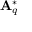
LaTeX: \mathbf { A } _ { q } ^ { * }